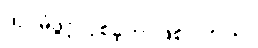
ထပ်မံဖွင့်လှစ်ခဲ့တာဖြစ်ပါတယ်။